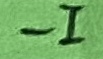
Text: -I